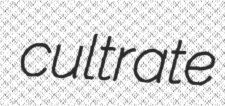
cultrate